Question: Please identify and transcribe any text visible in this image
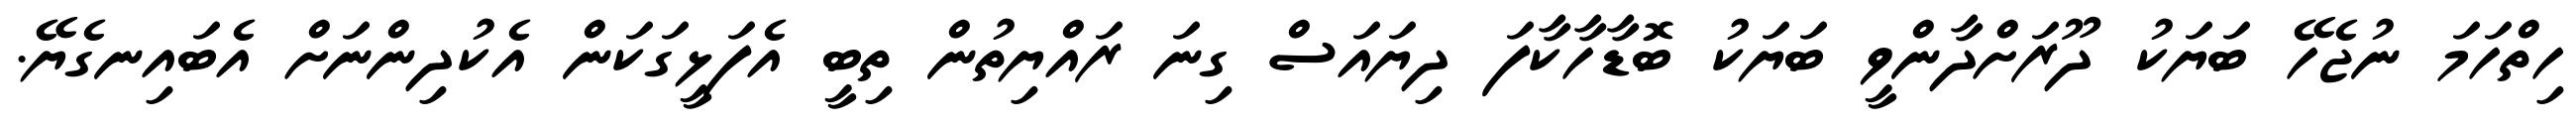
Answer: ހިތްހަމަ ނުޖެހޭ ބަޔަކު ދޫރަށްދާންވީ ބަޔަކު ބޮޑާހާކާފަ ދިޔައަސް ގިނަ ރައްޔިތުން ތިބީ އެފަޅީގަކަން އެކުދިންނަށް އެބައިނގެޔޭ.